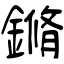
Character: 鏅